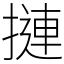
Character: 摙